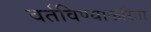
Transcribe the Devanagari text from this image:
वर्तविण्याकरिता